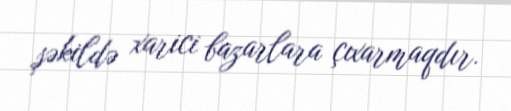
şəkildə xarici bazarlara çıxarmaqdır.